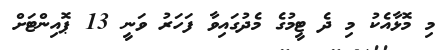
މި މޮޅާއެކު މި ދެ ޓީމުގެ މެދުގައިވާ ފަހަރު ވަނީ 13 ޕޮއިންޓަށް